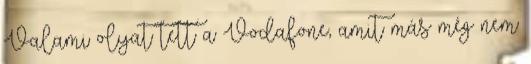
Valami olyat tett a Vodafone, amit más még nem